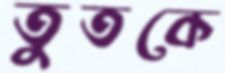
তুতকে